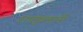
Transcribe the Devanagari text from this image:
रानफुलांनी